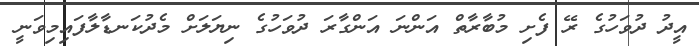
އީދު ދުވަހުގެ ރޭ ފެށި މުބާރާތް އަންނަ އަންގާރަ ދުވަހުގެ ނިޔަލަށް މެދުކަނޑާލާފައިމިވަނީ